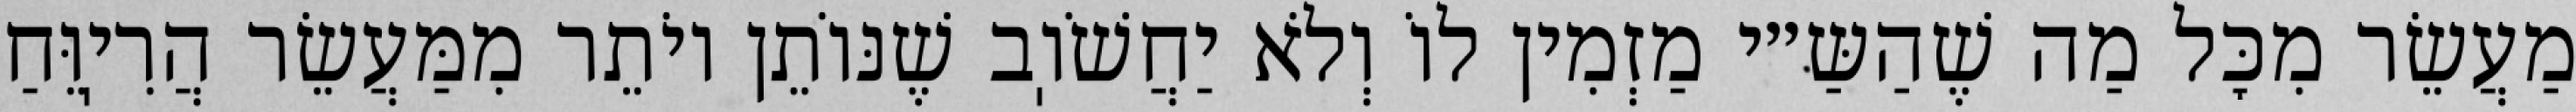
מַעֲשֵׂר מִכׇּל מַה שֶׁהַשַּ״י מַזְמִין לוֹ וְלֹא יַחֲשֹׁוֽב שֶׁנּוֹתֵן יוֹתֵר מִמַּעֲשֵׂר הֲרִיֽוֵּחַ